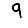
Digit: 9